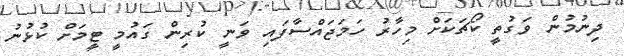
ދިނުމުން ވަގުތީ ކޯޗަކަށް މިހާރު ހަމަޖައްސާފައި ވަނީ ކުރިން ގައުމީ ޓީމަށް ކުޅުނު